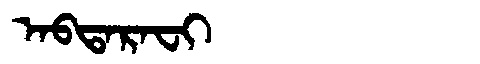
Manchu: ᠠᠪᡨᠠᡵᠠᠸᡳ
Romanization: ABTARAFI